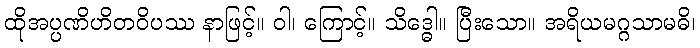
ထိုအပ္ပဏိဟိတဝိပဿ နာဖြင့်။ ဝါ၊ ကြောင့်။ သိဒ္ဓေါ။ ပြီးသော။ အရိယမဂ္ဂသာမဓိ၊